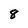
Character: 8